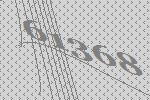
61368